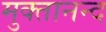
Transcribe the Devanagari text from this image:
मुक्तानन्द